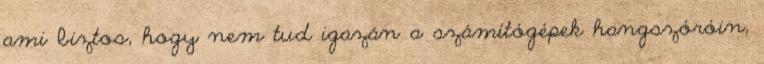
ami biztos, hogy nem tud igazán a számítógépek hangszóróin,